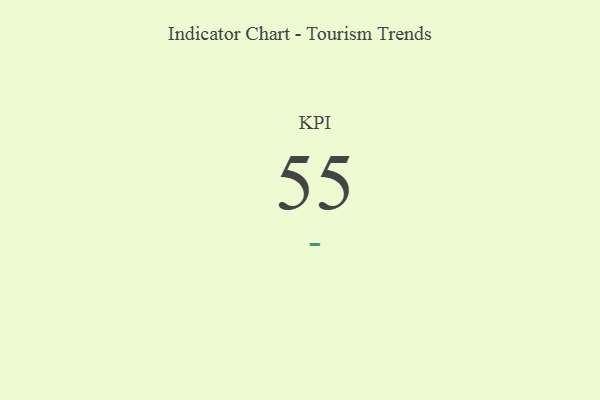
{"axis": {"x": "KPI", "y": "Value"}, "legend": [""], "data": [{"x": "KPI", "y": 55, "type": ""}]}